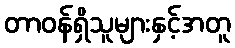
တာဝန်ရှိသူများနှင့်အတူ